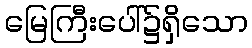
မြေကြီးပေါ်၌ရှိသော